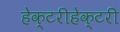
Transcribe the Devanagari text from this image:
हेक्टरीहेक्टरी